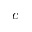
c